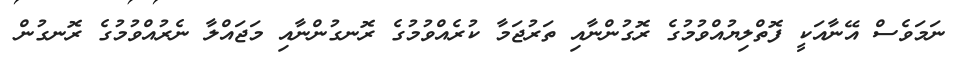
ނަމަވެސް އޭނާއަކީ ފޮތްލިޔުއްވުމުގެ ރޮގުންނާއި ތަރުޖަމާ ކުރެއްވުމުގެ ރޮނގުންނާއި މަޖައްލާ ނެރުއްވުމުގެ ރޮނގުން